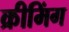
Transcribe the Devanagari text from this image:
क्रीमिंग